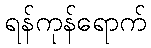
ရန်ကုန်ရောက်